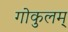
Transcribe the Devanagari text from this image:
गोकुलम्